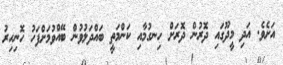
އަށެވެ. އަދި މީދޫގައި ދޮރުން ދޮރަށް ހިނގުމާއި ކަންމަތީ ބައްދަލުވުން ބޭއްވުމަށްފަހު ހޮނިހިރު